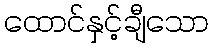
ထောင်နှင့်ချီသော